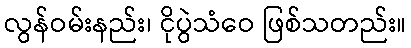
လွန်ဝမ်းနည်း၊ ငိုပွဲသံဝေ ဖြစ်သတည်း။